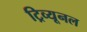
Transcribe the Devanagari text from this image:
ट्रिव्यूनल